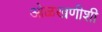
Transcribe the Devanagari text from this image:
ओळखणीशी